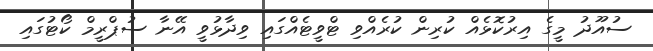
ސުއޫދު މީގެ އިރުކޮޅެއް ކުރިން ކުރެއްވި ޓްވީޓެއްގައި ވިދާޅުވީ އޭނާ ސުޕްރީމް ކޯޓުގައި